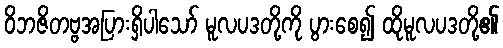
ဝိဘဇိတဗ္ဗအပြားရှိပါသော် မူလပဒတို့ကို ပွားစေ၍ ထိုမူလပဒတို့၏